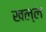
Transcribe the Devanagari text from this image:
खल्ल